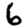
Digit: 6